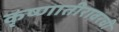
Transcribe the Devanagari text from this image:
कृष्णातीरावरची